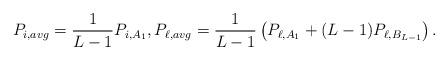
LaTeX: \begin{align*}P_{i,avg}=\frac{1}{L-1}P_{i,A_1},P_{\ell,avg}=\frac{1}{L-1}\left(P_{\ell,A_1}+(L-1)P_{\ell,B_{L-1}}\right).\end{align*}